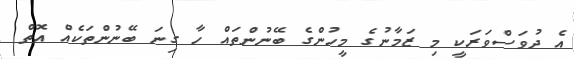
އެ ދުވަސްވަރަކީ މި ޒަމާނުގެ މީހުންގެ ބޭނުންތައް ހާ ގިނަ ބޭނުންތަކެއް އޮތް